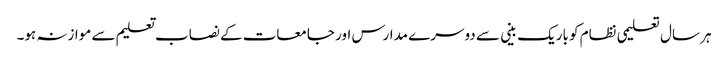
ہر سال تعلیمی نظام کو باریک بینی سے دوسرے مدارس اور جامعات کے نصاب تعلیم سے موازنہ ہو۔